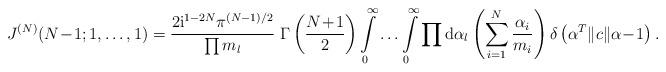
LaTeX: \begin{align*}J^{(N)}(N\!-\!1;1,\ldots,1)=\frac{2\mbox{i}^{1-2N}\pi^{(N-1)/2}}{\prod m_l}\;\Gamma\left(\frac{N\!+\!1}{2}\right)\int\limits_0^{\infty} \ldots \int\limits_0^{\infty}\prod\mbox{d}\alpha_l\left( \sum\limits_{i=1}^{N}\frac{\alpha_i}{m_i} \right) \delta\left(\alpha^T\|c\|\alpha\!-\!1\right) .\end{align*}